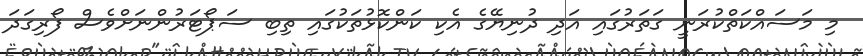
މި މަސައްކަތްކުރަނީ ގަތަރުގައި އަދި ދުނިޔޭގެ އެކި ކަންކޮޅުތަކުގައި ތިބި ސަޕޯޓަރުންނަށްވެސް ފޯރިގަދަ